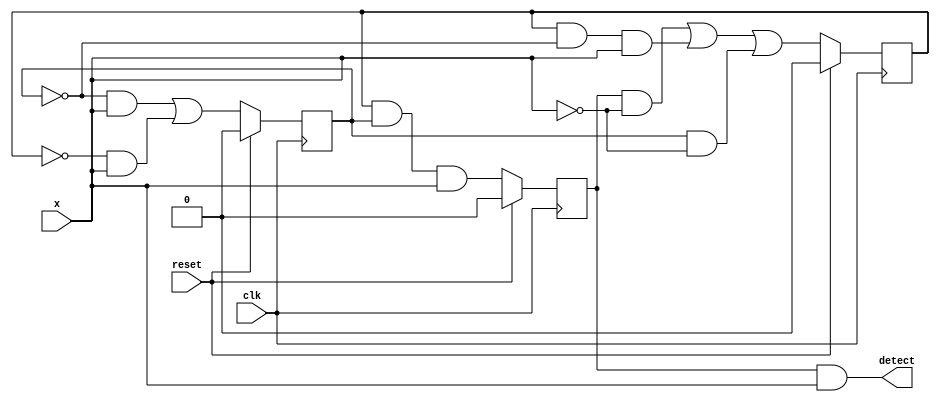
// 1011 sequence detector 
module fsm_structural(
    input clk,
    input reset,
    input x,
    output detect
    );

reg   A,B,C;
wire  D_A,D_B,D_C;

assign D_A = B & C & x;
assign D_B = (A & ~x) | (B & ~C & x) | (C & ~x);
assign D_C = (~C & x) | (~B & x);
assign detect = A & x;

always @ (posedge clk)
    begin
        if(reset)
            begin
                A <= 0;
                B <= 0;
                C <= 0;
            end
        else
            begin
                A <= D_A;
                B <= D_B;
                C <= D_C;
            end
    end

endmodule